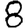
Digit: 8